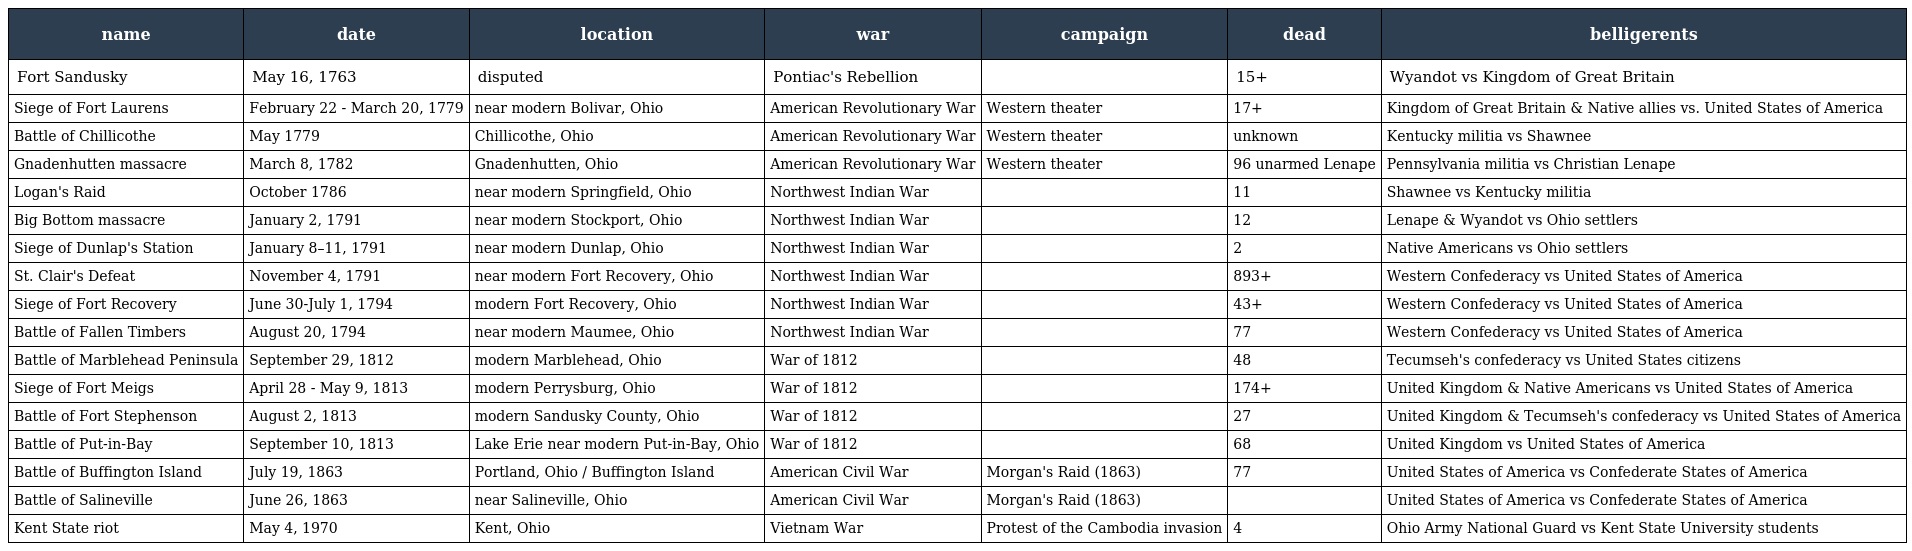
| name | date | location | war | campaign | dead | belligerents |
 | --- | --- | --- | --- | --- | --- | --- |
 | Fort Sandusky | May 16, 1763 | disputed | Pontiac's Rebellion |  | 15+ | Wyandot vs Kingdom of Great Britain |
 | Siege of Fort Laurens | February 22 - March 20, 1779 | near modern Bolivar, Ohio | American Revolutionary War | Western theater | 17+ | Kingdom of Great Britain & Native allies vs. United States of America |
 | Battle of Chillicothe | May 1779 | Chillicothe, Ohio | American Revolutionary War | Western theater | unknown | Kentucky militia vs Shawnee |
 | Gnadenhutten massacre | March 8, 1782 | Gnadenhutten, Ohio | American Revolutionary War | Western theater | 96 unarmed Lenape | Pennsylvania militia vs Christian Lenape |
 | Logan's Raid | October 1786 | near modern Springfield, Ohio | Northwest Indian War |  | 11 | Shawnee vs Kentucky militia |
 | Big Bottom massacre | January 2, 1791 | near modern Stockport, Ohio | Northwest Indian War |  | 12 | Lenape & Wyandot vs Ohio settlers |
 | Siege of Dunlap's Station | January 8–11, 1791 | near modern Dunlap, Ohio | Northwest Indian War |  | 2 | Native Americans vs Ohio settlers |
 | St. Clair's Defeat | November 4, 1791 | near modern Fort Recovery, Ohio | Northwest Indian War |  | 893+ | Western Confederacy vs United States of America |
 | Siege of Fort Recovery | June 30-July 1, 1794 | modern Fort Recovery, Ohio | Northwest Indian War |  | 43+ | Western Confederacy vs United States of America |
 | Battle of Fallen Timbers | August 20, 1794 | near modern Maumee, Ohio | Northwest Indian War |  | 77 | Western Confederacy vs United States of America |
 | Battle of Marblehead Peninsula | September 29, 1812 | modern Marblehead, Ohio | War of 1812 |  | 48 | Tecumseh's confederacy vs United States citizens |
 | Siege of Fort Meigs | April 28 - May 9, 1813 | modern Perrysburg, Ohio | War of 1812 |  | 174+ | United Kingdom & Native Americans vs United States of America |
 | Battle of Fort Stephenson | August 2, 1813 | modern Sandusky County, Ohio | War of 1812 |  | 27 | United Kingdom & Tecumseh's confederacy vs United States of America |
 | Battle of Put-in-Bay | September 10, 1813 | Lake Erie near modern Put-in-Bay, Ohio | War of 1812 |  | 68 | United Kingdom vs United States of America |
 | Battle of Buffington Island | July 19, 1863 | Portland, Ohio / Buffington Island | American Civil War | Morgan's Raid (1863) | 77 | United States of America vs Confederate States of America |
 | Battle of Salineville | June 26, 1863 | near Salineville, Ohio | American Civil War | Morgan's Raid (1863) |  | United States of America vs Confederate States of America |
 | Kent State riot | May 4, 1970 | Kent, Ohio | Vietnam War | Protest of the Cambodia invasion | 4 | Ohio Army National Guard vs Kent State University students |